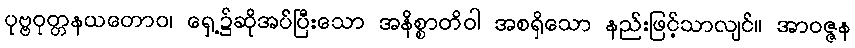
ပုဗ္ဗဝုတ္တနယတောဝ၊ ရှေ့၌ဆိုအပ်ပြီးသော အနိစ္စာတိဝါ အစရှိသော နည်းဖြင့်သာလျင်။ အာဝဇ္ဇန